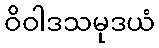
ဝိဝါဒသမုဒယံ